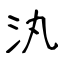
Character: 汍